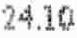
24.10